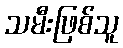
သမီးဖြစ်သူ